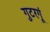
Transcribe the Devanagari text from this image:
गुटरगूं